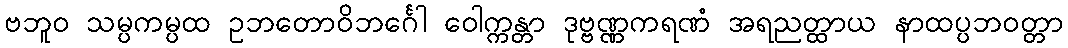
ဗဘူဝ သမ္ပကမ္ပထ ဥဘတောဝိဘင်္ဂေါ ဝေါက္ကန္တာ ဒုဗ္ဗဏ္ဏကရဏံ အရညတ္ထာယ နာထပ္ပဘဝတ္တာ